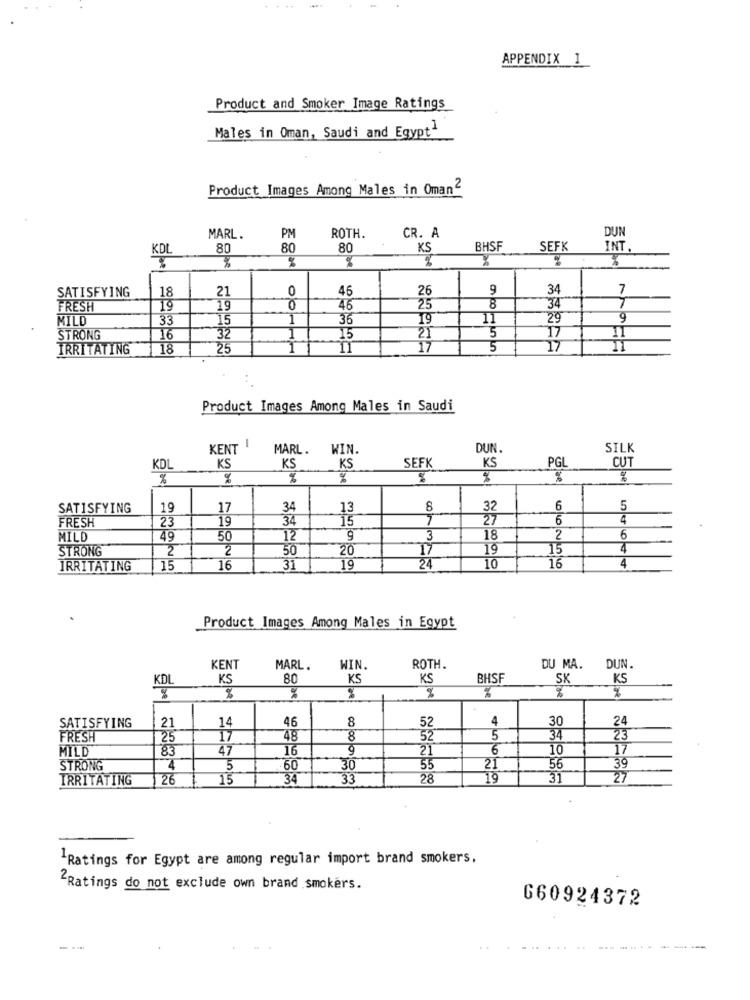
APPENDIX I
Product and Smoker Image Ratings
Males in Oman, Saudi and Egypt1
Product Images Among Males in Oman2
CR. A
DUN
MARL.
PM
ROTH.
KDL
80
80
80
KS
BHSF
SEFK
INT.
SATISFYING
18
21
0
46
26
9
34
7
7
FRESH
19
19
0
46
25
8
34
MILD
33
15
1
36
19
11
29
9
STRONG
16
15
5
17
IRRITATING
18
25
17
5
17
Product Images Among Males in Saudi
KENT !
MARL.
WIN.
DUN.
SILK
PGL
CUT
KDL
KS
KS
KS
SEFK
KS
%
%
%
%
%
%
SATISFYING
19
17
34
13
8
32
6
5
FRESH
19
34
15
7
6
4
23
MILD
49
50
12
9
3
18
2
6
STRONG
2
2
50
20
17
19
15
4
16
4
IRRITATING
15
16
31
19
24
10
Product Images Among Males in Egypt
KENT
MARL.
WIN.
ROTH.
DU MA.
DUN.
KDL
KS
80
KS
KS
BHSF
SK
KS
%
%
14
8
52
4
30
24
SATISFYING
21
46
FRESH
25
17
48
8
52
5
34
23
MILD
83
47
16
21
6
10
17
STRONG
4
5
60
30
55
21
56
39
IRRITATING
26
15
34
33
28
19
31
27
-Ratings for Egypt are among regular import brand smokers,
2Ratings do not exclude own brand smokers.
660924372
- --
--- -